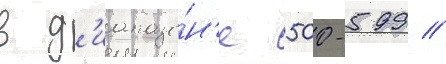
в д'иапазо́н'е 500-599 //